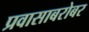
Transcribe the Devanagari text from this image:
प्रवासाबरोबर